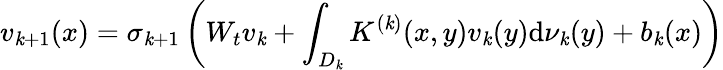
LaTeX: {v}_{\mathit{k}+1}({x})=\sigma_{\mathit{k}+1}\left({W}_{t}{v}_{\mathit{k}}+\int_{{D}_{\mathit{k}}}K^{(\mathit{k})}({x},{y})v_{\mathit{k}}(y)\mathrm{d}\nu_{\mathit{k}}(y)+b_{\mathit{k}}(x)\right)